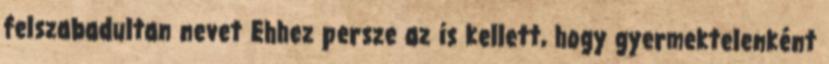
felszabadultan nevet Ehhez persze az is kellett, hogy gyermektelenként